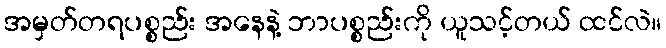
အမှတ်တရပစ္စည်း အနေနဲ့ ဘာပစ္စည်းကို ယူသင့်တယ် ထင်လဲ။